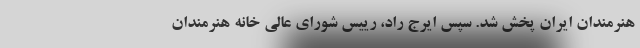
هنرمندان ایران پخش شد. سپس ایرج راد، رییس شورای عالی خانه هنرمندان